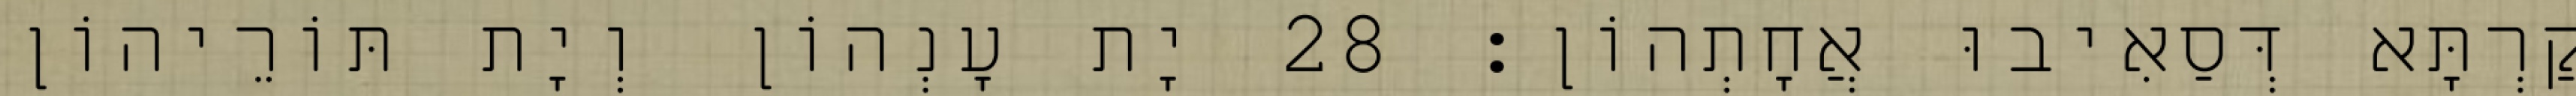
קַרְתָּא דְּסַאִיבוּ אֲחָתְהוֹן׃ 28 יָת עָנְהוֹן וְיָת תּוֹרֵיהוֹן